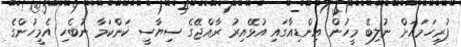
ފުރިހަމައަށް ނުލިބޭ މީހުން އިންޑިއާގައި އުޅޭއިރު ރާއްޖޭގެ ސިޔާސީ ކަންކަމާ ނުބެހި އެމީހުންގެ